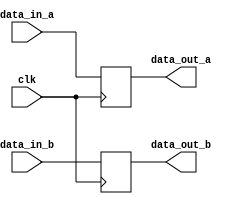
`timescale 1ns / 1ps
//////////////////////////////////////////////////////////////////////////////////
// Company: 
// Engineer: 
// 
// Design Name: 
// Module Name:    ab 
// Project Name: 
// Target Devices: 
// Tool versions: 
// Description: 
//
// Dependencies: 
//
// Revision: 
// Revision 0.01 - File Created
// Additional Comments: 
//
//////////////////////////////////////////////////////////////////////////////////
module ab(data_in_a,data_in_b,clk,data_out_a,data_out_b);
  input clk;
  input [31:0] data_in_a,data_in_b;
  output reg[31:0] data_out_a,data_out_b;
  always @(posedge clk)
		begin // 
        data_out_a = data_in_a;
		  data_out_b = data_in_b;
     end

endmodule